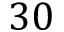
3 0